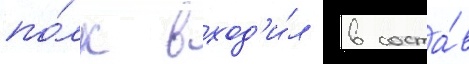
по́лк вход'и́л в соста́в